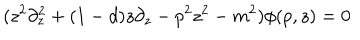
LaTeX: ( z ^ { 2 } \partial _ { z } ^ { 2 } + ( 1 - d ) z \partial _ { z } - p ^ { 2 } z ^ { 2 } - m ^ { 2 } ) \phi ( p , z ) = 0